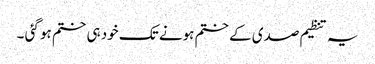
یہ تنظیم صدی کے ختم ہونے تک خود ہی ختم ہو گئی ۔